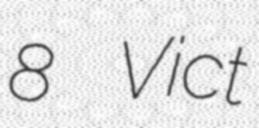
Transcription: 8 Vict